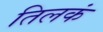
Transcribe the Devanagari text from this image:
तिलकं